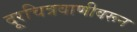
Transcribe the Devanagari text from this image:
दूरचित्रवाणीवरून